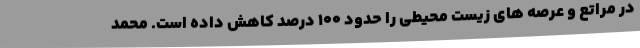
در مراتع و عرصه های زیست محیطی را حدود ۱۰۰ درصد کاهش داده است. محمد